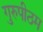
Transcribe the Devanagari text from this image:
गुरुपीठम